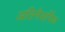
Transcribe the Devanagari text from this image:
अतिनैसर्गिक